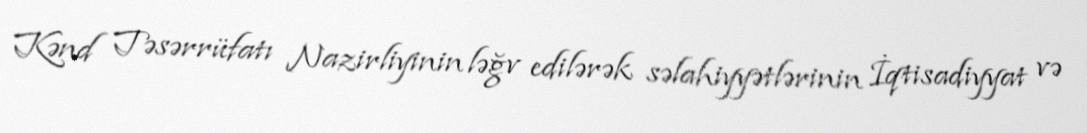
Kənd Təsərrüfatı Nazirliyinin ləğv edilərək səlahiyyətlərinin İqtisadiyyat və